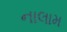
નાલામ